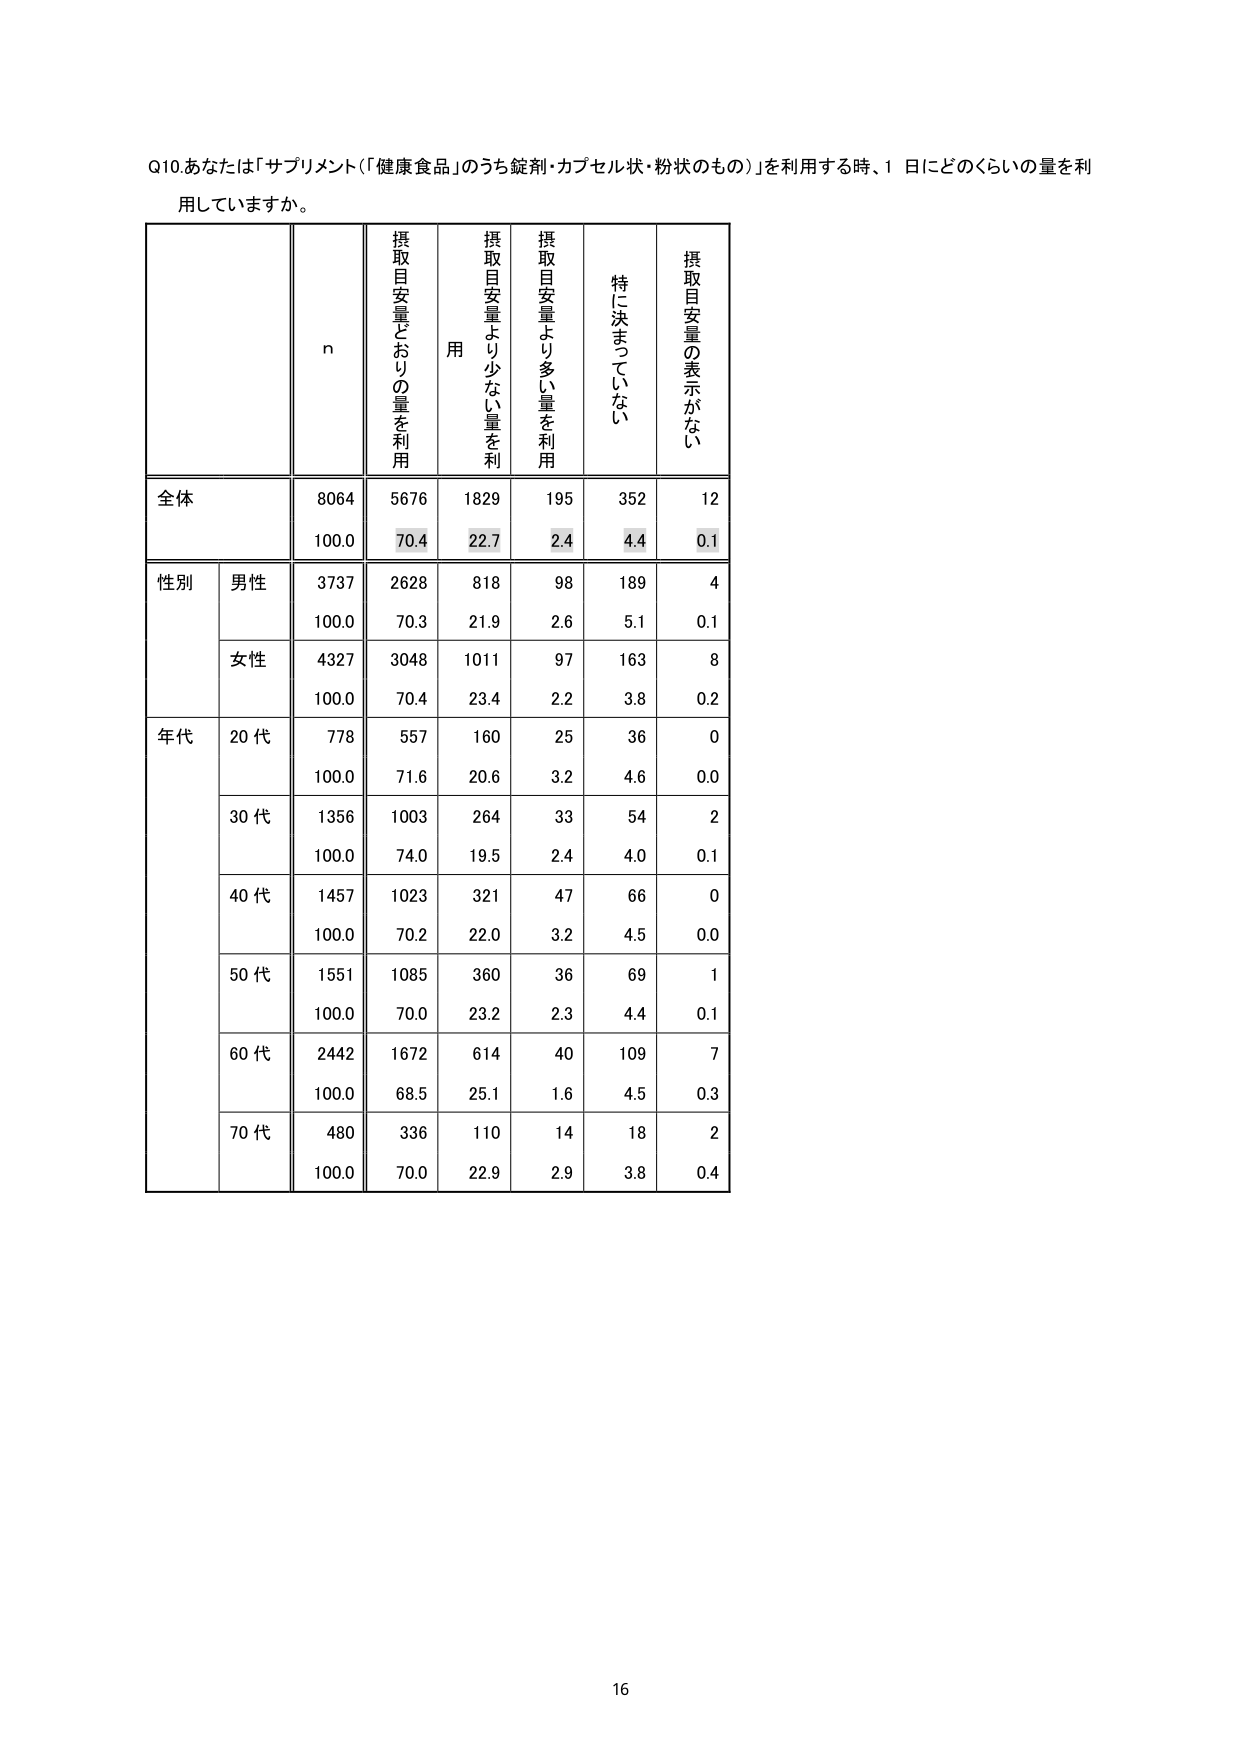
Q10. あなたは「サプリメント（「健康食品」のうち錠剤・カプセル状・粉状のもの）」を利用する時、1日にどのくらいの量を利用していますか。

n
摂取目安量どおりの量を利用
用
摂取目安量より少ない量を利用
摂取目安量より多い量を利用
特に決まっていない
摂取目安量の表示がない

全体
8064
5676
1829
195
352
12
100.0
70.4
22.7
2.4
4.4
0.1

性別
男性
3737
2628
818
98
189
4
100.0
70.3
21.9
2.6
5.1
0.1
女性
4327
3048
1011
97
163
8
100.0
70.4
23.4
2.2
3.8
0.2

年代
20代
778
557
160
25
36
0
100.0
71.6
20.6
3.2
4.6
0.0
30代
1356
1003
264
33
54
2
100.0
74.0
19.5
2.4
4.0
0.1
40代
1457
1023
321
47
66
0
100.0
70.2
22.0
3.2
4.5
0.0
50代
1551
1085
360
36
69
1
100.0
70.0
23.2
2.3
4.4
0.1
60代
2442
1672
614
40
109
7
100.0
68.5
25.1
1.6
4.5
0.3
70代
480
336
110
14
18
2
100.0
70.0
22.9
2.9
3.8
0.4

16